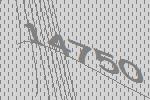
14750